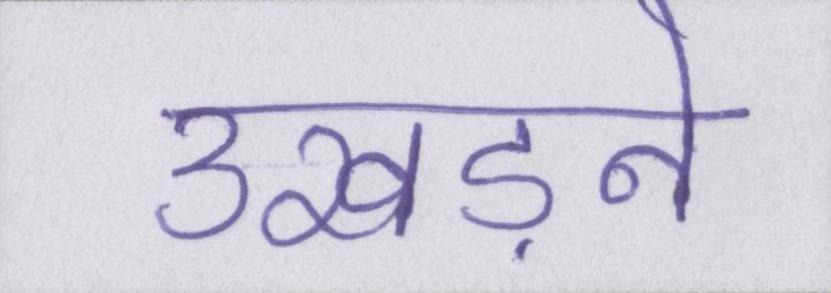
उखड़ने